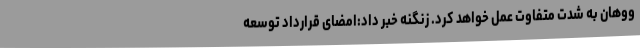
ووهان به شدت متفاوت عمل خواهد کرد. زنگنه خبر داد:امضای قرارداد توسعه